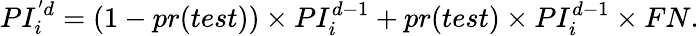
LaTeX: PI_{i}^{'d}=(1-pr(test))\times PI_{i}^{d-1}+pr(test)\times PI_{i}^{d-1}\times FN.